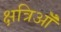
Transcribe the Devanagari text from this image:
क्षत्रिऑँ